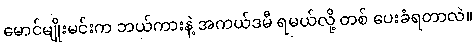
မောင်မျိုးမင်းက ဘယ်ကားနဲ့ အကယ်ဒမီ ရမယ်လို့ တစ် ပေးခံရတာလဲ။